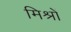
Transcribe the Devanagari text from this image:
मिश्रों